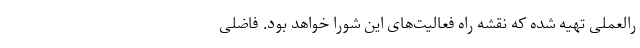
رالعملی تهیه شده که نقشه راه فعالیت‌های این شورا خواهد بود. فاضلی